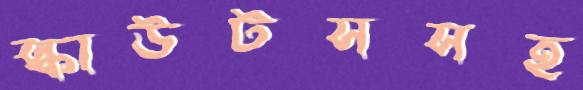
স্কাউটসসহ